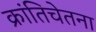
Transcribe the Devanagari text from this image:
क्रांतिचेतना